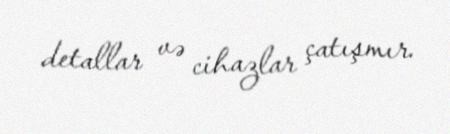
detallar və cihazlar çatışmır.